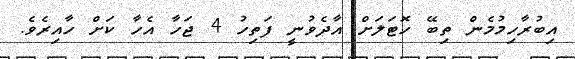
އިބުރާހިމުމެން ތިބޭ ހޮޓަލަށް އާދެވުނީ ފަތިހު 4 ޖަހާ އެހާ ކަށް ހާއިރެވެ.